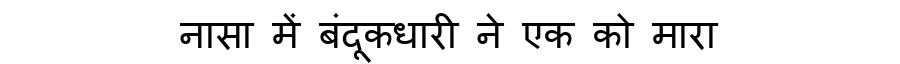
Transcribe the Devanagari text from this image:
नासा में बंदूकधारी ने एक को मारा